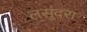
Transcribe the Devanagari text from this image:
लसुंदरा